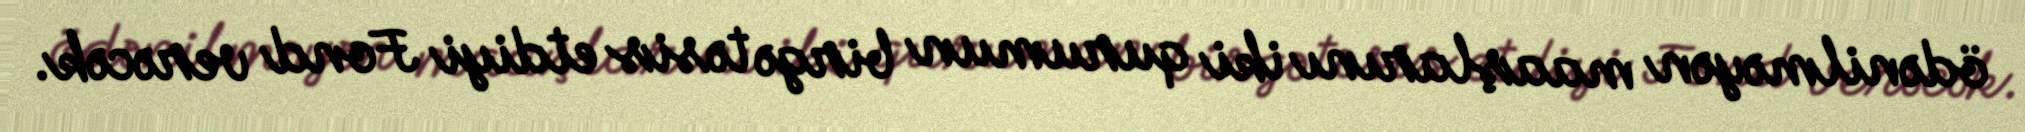
ödənilməyən maaşlarını iki qurumun birgə təsis etdiyi Fond verəcək.